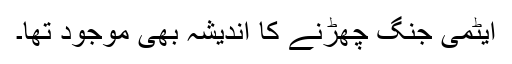
ایٹمی جنگ چھڑنے کا اندیشہ بھی موجود تھا۔